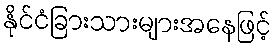
နိုင်ငံခြားသားများအနေဖြင့်